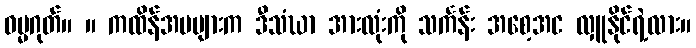
ဓမ္မဂုတ်။ ။ ကထိန်အမများက ဒီသံဃာ အားလုံးကို သင်္ကန်း အစေ့အင လှူနိုင်ရဲ့လား။